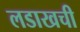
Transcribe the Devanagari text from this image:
लडाखची